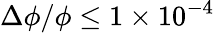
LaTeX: \Delta\phi/\phi\le 1\times 10^{-4}